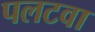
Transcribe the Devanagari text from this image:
पलटवा